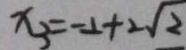
x _ { 3 } = - 2 + 2 \sqrt { 2 }